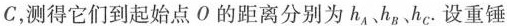
C，测得它们到起始点О的距离分别为h_{A}、h_{B}、h_{c}。设重锤